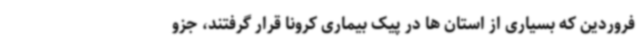
فروردین که بسیاری از استان ها در پیک بیماری کرونا قرار گرفتند، جزو